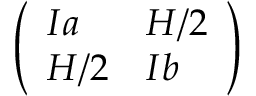
\left( \begin{array} { l l } { I a } & { H / 2 } \\ { H / 2 } & { I b } \end{array} \right)